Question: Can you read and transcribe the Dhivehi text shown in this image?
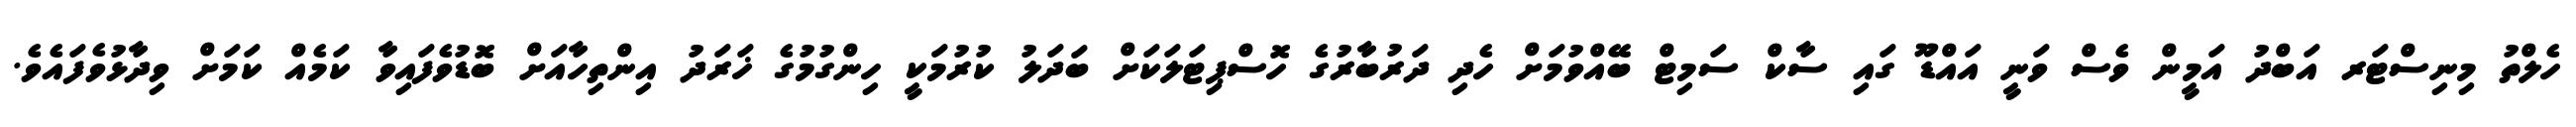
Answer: ހެލްތު މިނިސްޓަރ އަބްދު އަމީން ވެސް ވަނީ އައްޑޫ ގައި ސާކް ސަމިޓް ބޭއްވުމަށް ހެދި ދަރުބާރުގެ ހޮސްޕިޓަލަކަށް ބަދަލު ކުރުމަކީ ހިންގުމުގެ ޚަރަދު އިންތިހާއަށް ބޮޑުވެފައިވާ ކަމެއް ކަމަށް ވިދާޅުވެފައެވެ.